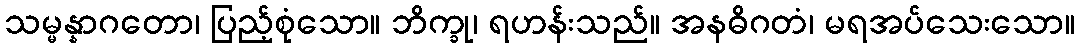
သမ္မန္နာဂတော၊ ပြည့်စုံသော။ ဘိက္ခု၊ ရဟန်းသည်။ အနဓိဂတံ၊ မရအပ်သေးသော။